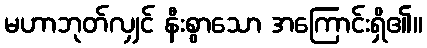
မဟာဘုတ်လျှင် နီးစွာသော အကြောင်းရှိ၏။